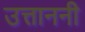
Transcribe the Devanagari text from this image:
उत्ताननी